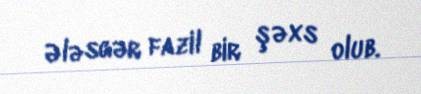
Ələsgər fazil bir şəxs olub.